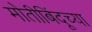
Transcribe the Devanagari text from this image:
मोतीबिंदूच्या